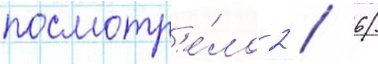
посмотр'е́ло 2 / 6